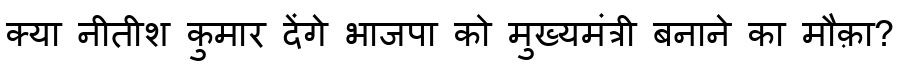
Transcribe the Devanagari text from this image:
क्या नीतीश कुमार देंगे भाजपा को मुख्यमंत्री बनाने का मौक़ा?